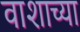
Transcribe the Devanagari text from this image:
वाशाच्या